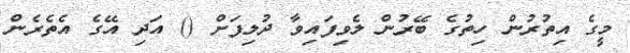
މީގެ އިތުރުން ހިތުގެ ބޭރުން ލެވިފައިވާ ދުލިފަށް () އަދި އޭގެ އެތެރެން